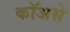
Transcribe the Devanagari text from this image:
कॉअसे